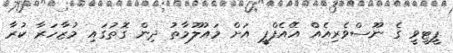
ޕީޓީވީ ގެ ނޫސްވެރިއެއް އޭއެފްޕީ އަށް މައުލޫމާތު ދިން ގޮތުގައި މުޒާހަރާ ކުރާ